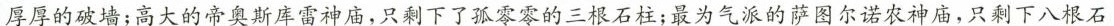
厚厚的破墙；高大的帝奥斯库雷神庙，只剩下了孤零零的三根石柱；最为气派的萨图尔诺农神庙，只剩下八根石